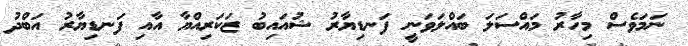
ނަމަވެސް މިހާރު މައްސަލަ ބައްލަވަނީ ފަނޑިޔާރު ޝުއައިބު ޒަކަރިއްޔާ އާއި ފަނޑިޔާރު އަބްދު